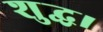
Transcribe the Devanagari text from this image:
शुद्ध।